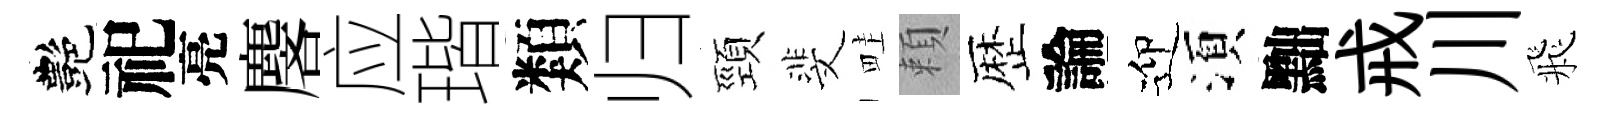
艷祀亮麐应瑎類归頸斐畦頼歴論迎湏黜戒川飛